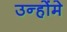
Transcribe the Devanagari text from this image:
उन्होंमे